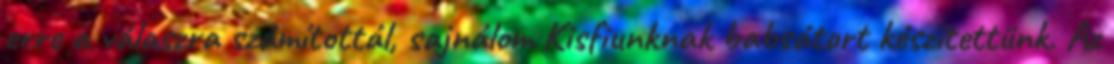
erre a válaszra számítottál, sajnálom Kisfiunknak babsátort készítettünk. Az